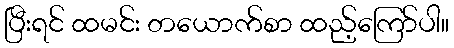
ပြီးရင် ထမင်း တယောက်စာ ထည့်ကြော်ပါ။